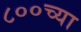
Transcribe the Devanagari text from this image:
८००च्या